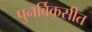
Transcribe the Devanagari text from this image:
पुनर्विकसीत